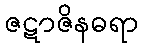
ဇဋာဇိနဓရာ